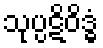
သုပ္ပဋိဝိဒ္ဓံ